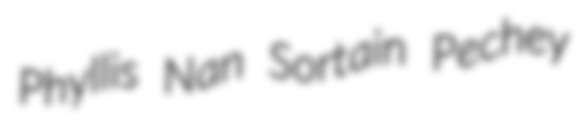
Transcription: Phyllis Nan Sortain Pechey